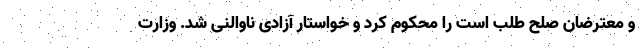
و معترضان صلح طلب است را محکوم کرد و خواستار آزادی ناوالنی شد. وزارت